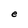
Character: e